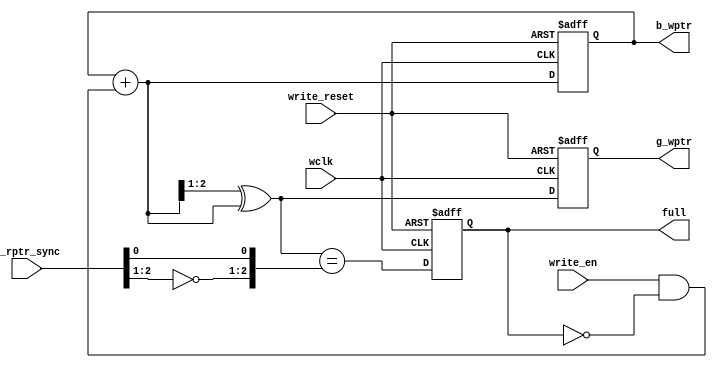
module WPH #(parameter PTR_WIDTH=3) (
  input wclk, write_reset, write_en,
  input [PTR_WIDTH-1:0] g_rptr_sync,
  output reg [PTR_WIDTH-1:0] b_wptr,
  output reg [PTR_WIDTH-1:0] g_wptr,
  output reg full
);

  wire [PTR_WIDTH-1:0] b_wptr_next;
  wire [PTR_WIDTH-1:0] g_wptr_next;
   
  wire wfull;
  
  assign b_wptr_next = b_wptr+(write_en & !full);
  assign g_wptr_next = (b_wptr_next >>1)^b_wptr_next;

  always@(posedge wclk or negedge write_reset) begin
    if(!write_reset) begin
      b_wptr <= 0;
      g_wptr <= 0;
    end
    else begin
      b_wptr <= b_wptr_next;
      g_wptr <= g_wptr_next; 
    end
  end
  
  always@(posedge wclk or negedge write_reset) begin
    if(!write_reset) full <= 0;
    else        full <= wfull;
  end

  assign wfull = (g_wptr_next == {~g_rptr_sync[PTR_WIDTH-1:PTR_WIDTH-2], g_rptr_sync[PTR_WIDTH-3:0]});

endmodule